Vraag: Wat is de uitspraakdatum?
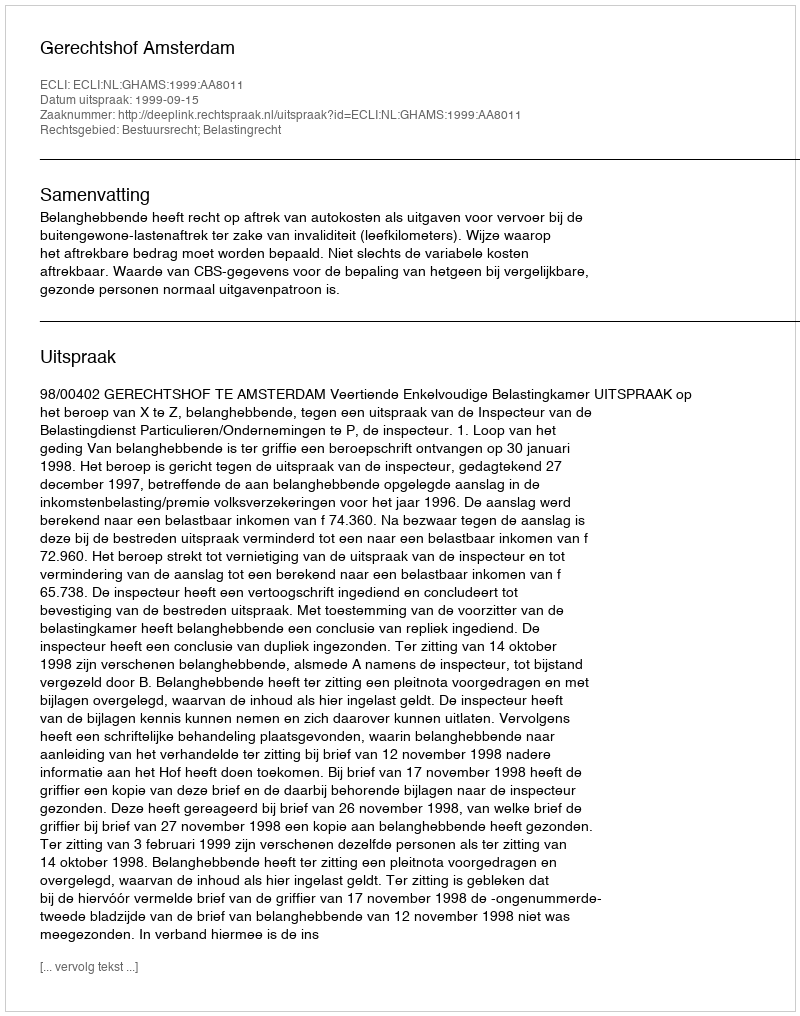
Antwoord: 1999-09-15